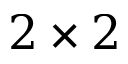
2 \times 2